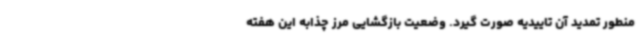
منطور تمدید آن تاییدیه صورت گیرد. وضعیت بازگشایی مرز چذابه این هفته